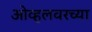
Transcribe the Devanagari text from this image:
ओव्हलवरच्या